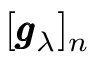
[ \pmb { g } _ { \lambda } ] _ { n }